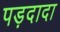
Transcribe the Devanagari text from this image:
पड़दादा